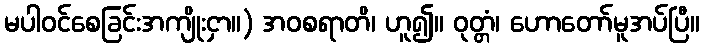
မပါဝင်စေခြင်းအကျိုးငှာ။) အဝစရာတိ၊ ဟူ၍။ ဝုတ္တံ၊ ဟောတော်မူအပ်ပြီ။